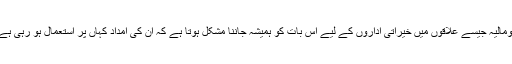
انھوں نے کہا ’مجھے یقین ہے کہ شام اور صومالیہ جیسے علاقوں میں خیراتی اداروں کے لیے اس بات کو ہمیشہ جاننا مشکل ہوتا ہے کہ ان کی امداد کہاں پر استعمال ہو رہی ہے لیکن انھیں خاص طور پر الرٹ رہنا پڑے گا۔